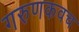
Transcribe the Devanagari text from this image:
गरुणकवच